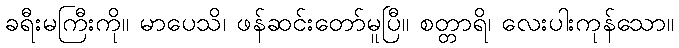
ခရီးမကြီးကို။ မာပေသိ၊ ဖန်ဆင်းတော်မူပြီ။ စတ္တာရိ၊ လေးပါးကုန်သော။